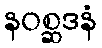
နဝစ္ဆဒနံ